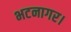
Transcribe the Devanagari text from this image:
भटनागर।